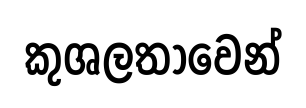
කුශලතාවෙන්